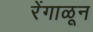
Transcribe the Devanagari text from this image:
रेंगाळून